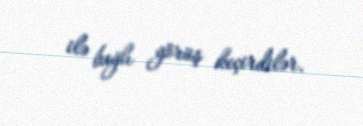
ilə bağlı görüş keçirdilər.